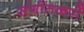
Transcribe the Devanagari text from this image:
संगीतकरों